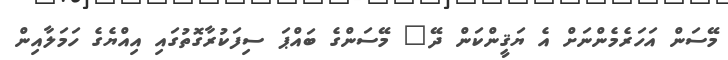
މޭސަން އަހަރެމެންނަށް އެ ޔަޤީންކަން ދޭ" މޭސަންގެ ބައްޕަ ސިފަކުރާގޮތުގައި އިއްޔެެގެ ހަމަލާއިން